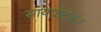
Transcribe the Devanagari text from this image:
सायप्रोटेरोन